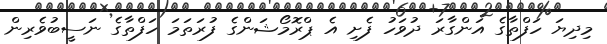
މިދިޔަ ހަފްތާގެ އަންގާރަ ދުވަހު ފެށި އެ ޕްރޮމޯޝަންގެ ފުރަތަމަ ހަފްތާގެ ނަސީބުވެރިން